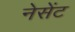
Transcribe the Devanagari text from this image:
नेसेंट